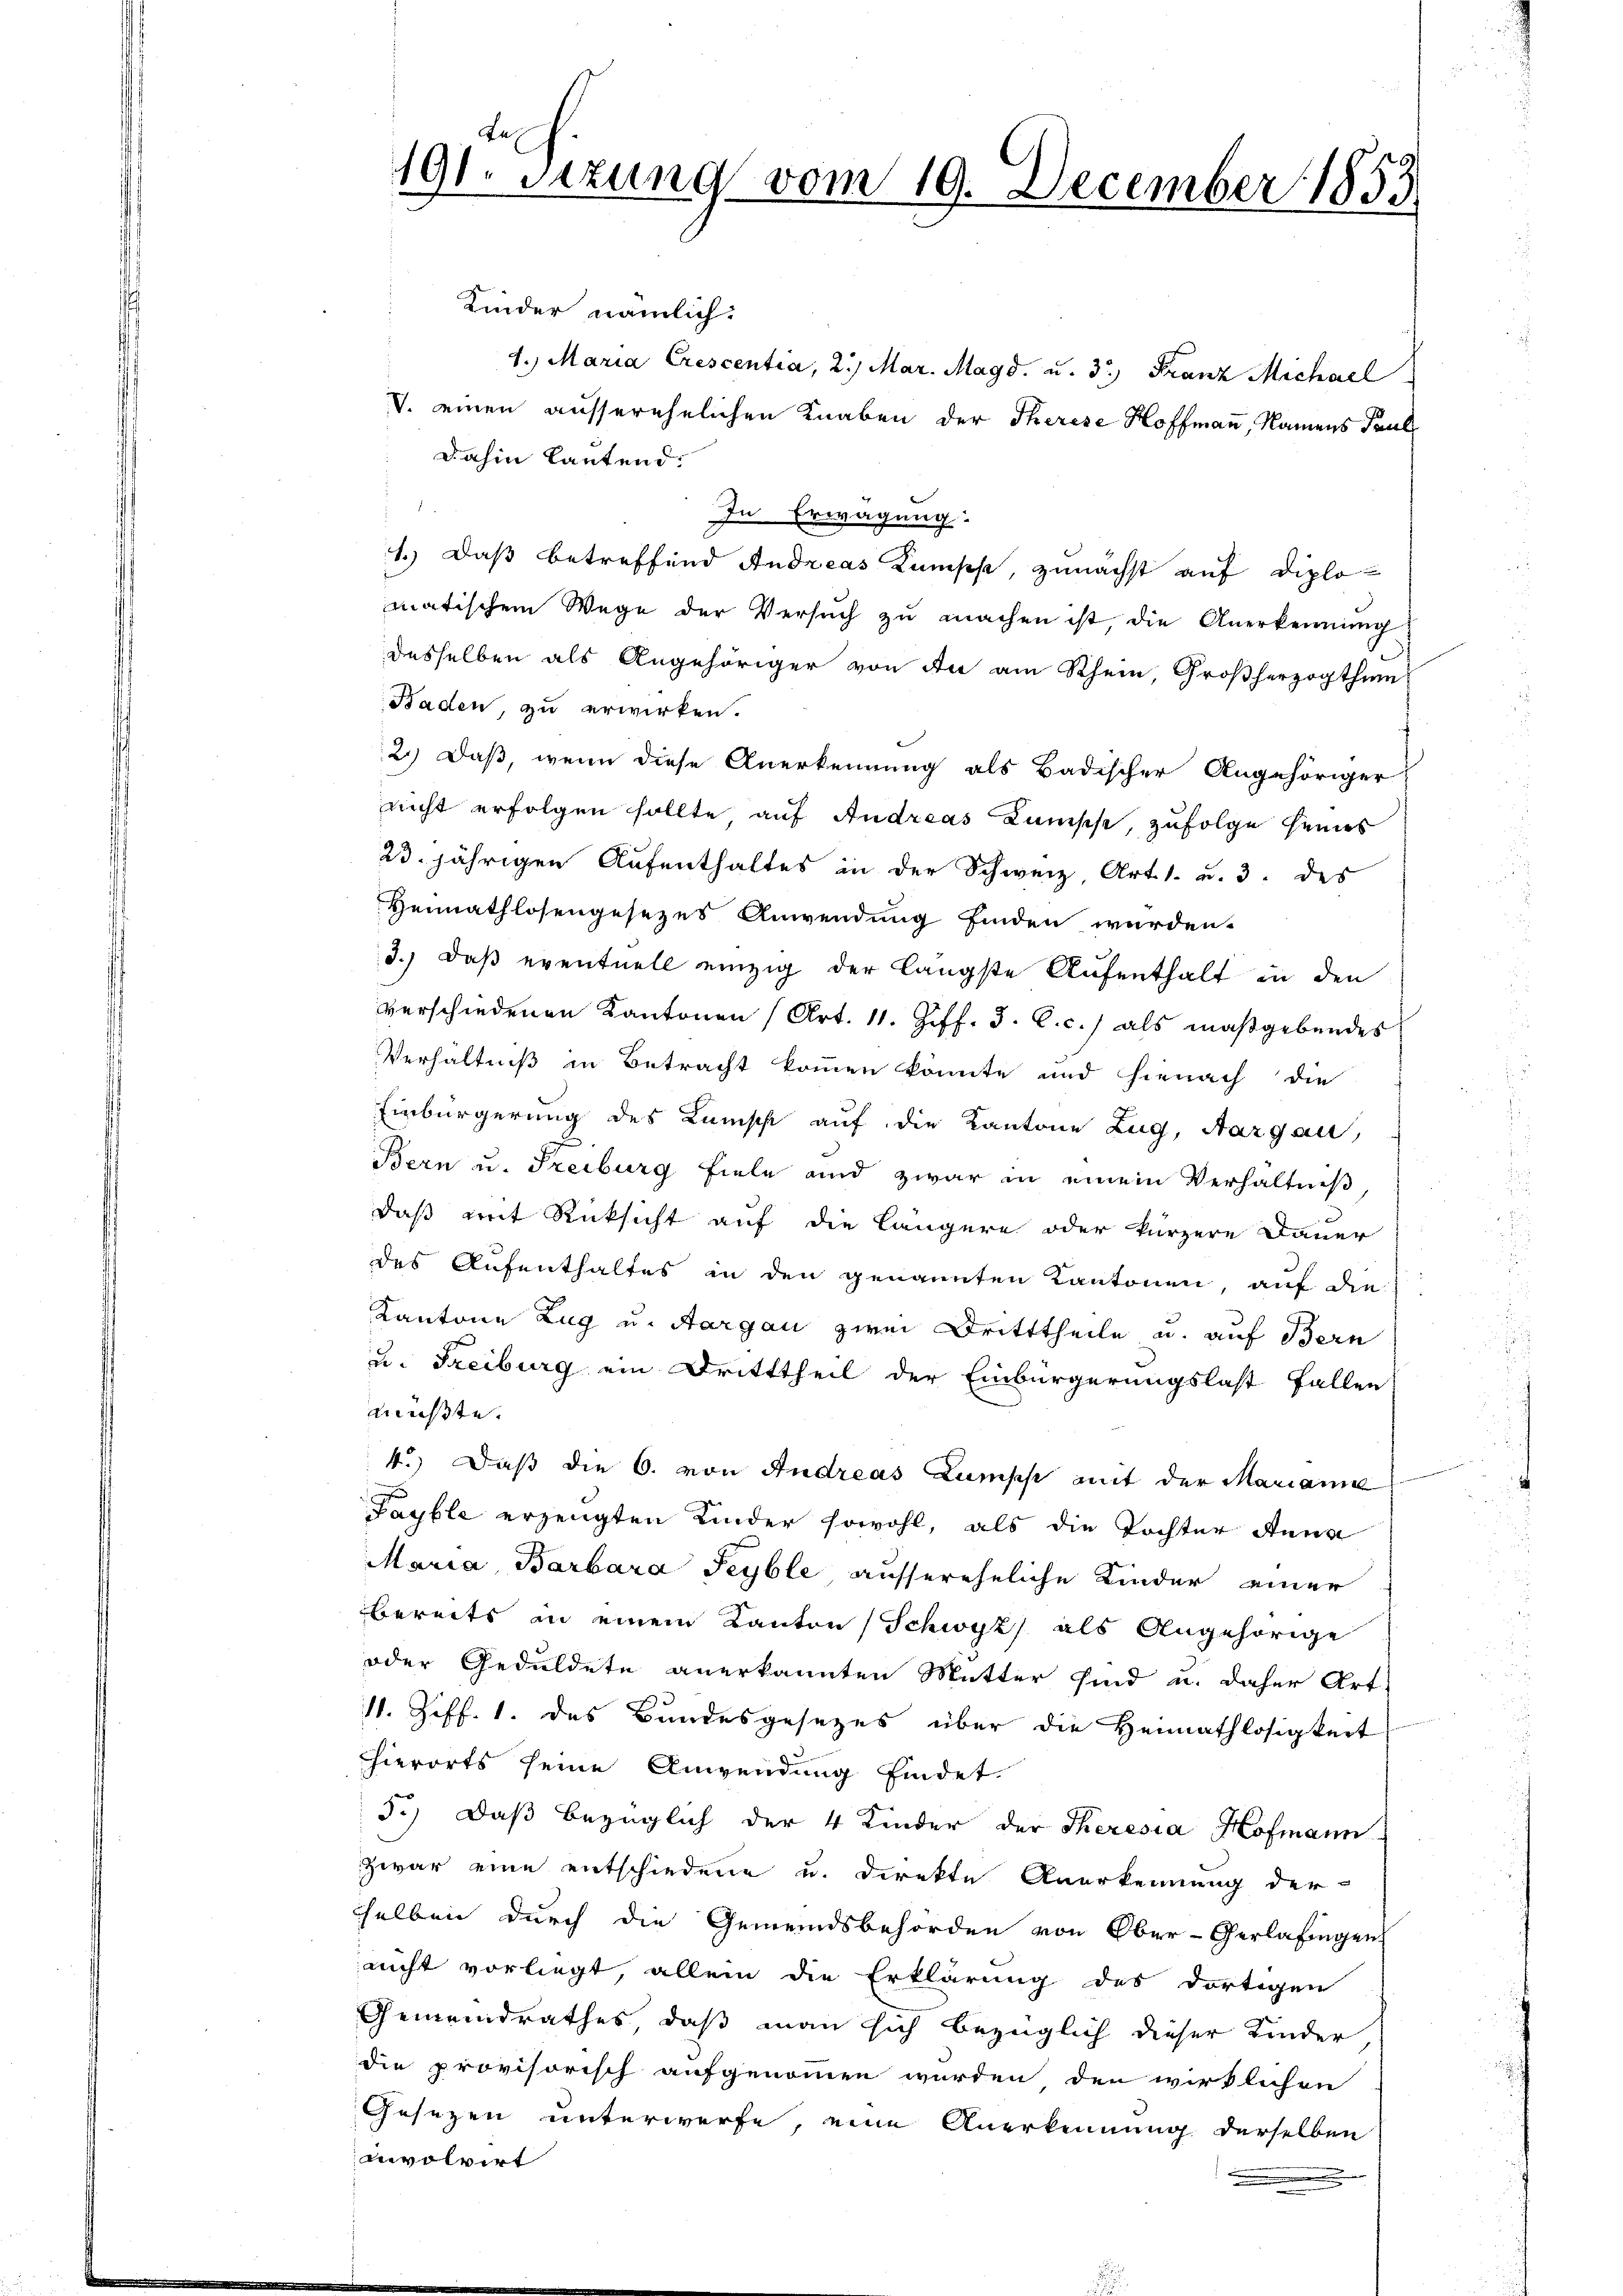
Fa¬
191. Sitzung vom 19. December 1853

Kinder nämlich:
1. Maria Crescentia, 2.) Mar. Magd. u. 3. Franz Michael
V. einen ausserehelichen Knaben der Therese Hoffmann, Namens Paul
dahin lautend.
.
In Erwägung:
1.) Daß betreffend Andreas Konses, zunächst auf Diplomatischem Wege der Versŭch zŭ machen ist, die Anerkennung
desselben als Angehöriger von An am Rhein Großherzogthum
Baden, zu erwirken.
2.) Daß, wenn diese Anerkennung als Badischer Angehöriger
nicht erfolgen sollte auf Andreas Kanische, zufolge seines
23 jährigen Aufenthaltes in der Schweiz, Art. 1. u. 3. des
Hennathlosengesezes Anwendung finden werden.
3.) Daß eventuell einzig der längste Aufenthalt in den
verschiedenen Kantonen (Art. 11. Ziff. 3. C. c.) als maßgebendes
Verhältniß in Betracht kommen könnte und hienach die
Einbürgerung des Kunsche auf die Kantone Zug, Aargau,
Bern u. Treiburg fiele und zwar in einem Verhältniß
daß mit Rücksicht auf die Längere oder kürzere Dauer
des Aufenthaltes in den genannten Kantonen, auf die
Kantone Zug u. Aargau zwei Dritttheile u. auf Bern
u. Freiburg ein Dritttheil der Einbürgerungslast fallen
müßte.
4.) Daß die 6. von Andreas Lumpp mit der Marianna
J
Layble erzeugten Kinder sowohl, als die Tochter Anna
Maria, Barbara Teyble aussereheliche Kinder einer
bereits in einem Kantons Schwyz als Angehörige
oder Geduldete anerkannten Mutter sind u. daher Art
11. Ziff. 1. des Bundesgesezes über die Heimathlosigkeit
hierorts seine Anwendung findet.
5.) Daß bezüglich der 4 Kinder der Theresia Hofmann
zwar eine entschiedene u. direkte Anerkennung der
sselben durch die Gemeindsbehörden von Ober-Gerlafingen
nicht vorliegt, allein die Erklärung des dortigen
Gemeindrathes, daß man sich bezüglich dieser Kinder
die provisorisch aufgenommen wurden den wirklichen
Gesezen unterwerfe, eine Anerkennung derselben
involvirt